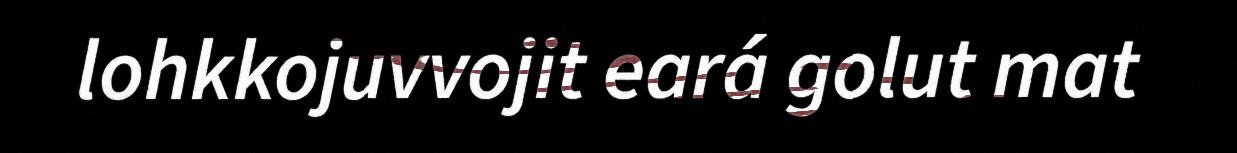
lohkkojuvvojit eará golut mat